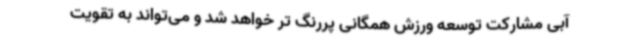
آبی مشارکت توسعه ورزش همگانی پررنگ تر خواهد شد و می‌تواند به تقویت